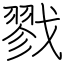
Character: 戮